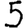
Digit: 5